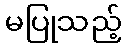
မပြုသည့်